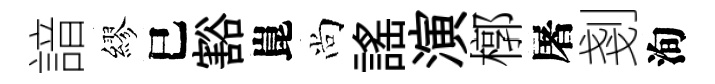
諳繆巳豁崑尚謡演槨屠剗洵